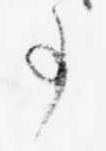
事